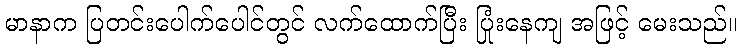
မာနာက ပြတင်းပေါက်ပေါင်တွင် လက်ထောက်ပြီး ပြုံးနေကျ အဖြင့် မေးသည်။